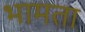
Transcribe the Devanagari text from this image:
भामता